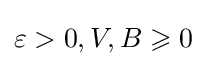
\varepsilon >0,V,B\geqslant 0